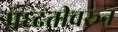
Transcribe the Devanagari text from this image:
पध्दतीवरून